Indian journal of veterinary science and animal husbandry - Volumes 15-17, 1948-1951
Year: 1948
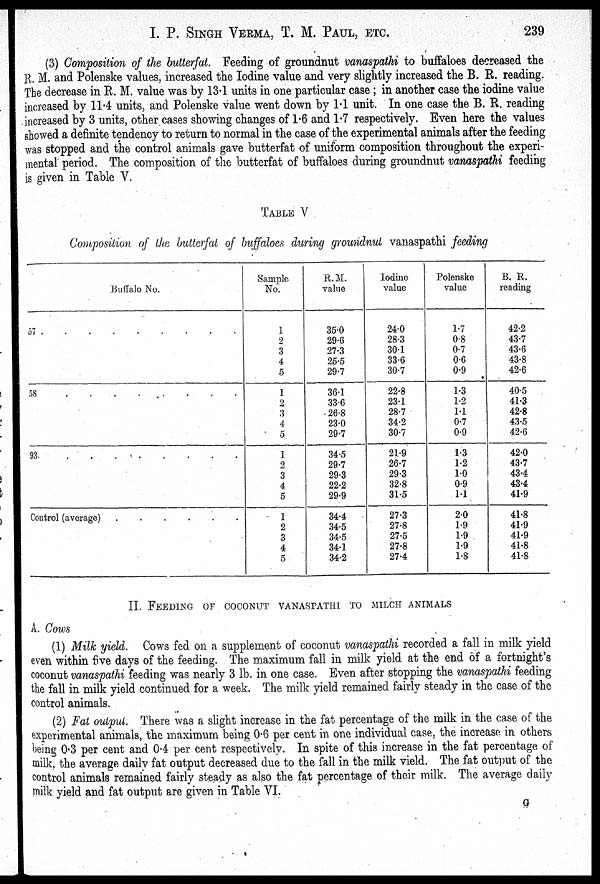
I. P. SINGH VERMA, T. M. PAUL, ETC. 239
(3) Composition of the butterfat. Feeding of groundnut vanaspathi to buffaloes decreased the
R. M. and Polenske values, increased the Iodine value and very slightly increased the B. R. reading.
The decrease in R. M. value was by 13.1 units in one particular case ; in another case the iodine value
increased by 11.4 units, and Polenske value went down by 1.1 unit. In one case the B. R. reading
increased by 3 units, other cases showing changes of 1.6 and 1.7 respectively. Even here the values
showed a definite tendency to return to normal in the case of the experimental animals after the feeding
was stopped and the control animals gave butterfat of uniform composition throughout the experi-
mental period. The composition of the butterfat of buffaloes during groundnut vanaspathi feeding
is given in Table V.
TABLE V
Composition of the butterfat of buffaloes during groundnut vanaspathi feeding
Buffalo No.
57 . . . . . . . . .
58 . . . . . . . . .
93 . . . . . . . . .
Control (average) . . . . . . . . .
Sample
No.
1
2
3
4
5
1
2
3
4
5
1
2
3
4
5
1
2
3
4
5
R. M.
value
35.0
29.6
27.3
25.5
29.7
36.1
33.6
26.8
23.0
29.7
34.5
29.7
29.3
22.2
29.9
34.4
34.5
34.5
34.1
34.2
lodine
value
24.0
28.3
30.1
33.6
30.7
22.8
23.1
28.7
34.2
30.7
21.9
26.7
29.3
32.8
31.5
27.3
27.8
27.5
27.8
27.4
Polenske
value
1.7
0.8
0.7
0.6
0.9
1.3
1.2
1.1
0.7
0.9
1.3
1.2
1.0
0.9
1.1
2.0
1.9
1.9
1.9
1.8
B. R.
reading
42.2
43.7
43.6
43.8
42.6
40.5
41.3
42.8
43.5
42.6
42.0
43.7
43.4
43.4
41.9
41.8
41.9
41.9
41.8
41.8
II. FEEDING OF COCONUT VANASPATHI TO MILCH ANIMALS
A. Cows
(1) Milk yield. Cows fed on a supplement of coconut vanaspathi recorded a fall in milk yield
even within five days of the feeding. The maximum fall in milk yield at the end of a fortnight's
coconut vanaspathi feeding was nearly 3 lb. in one case. Even after stopping the vanaspathi feeding
the fall in milk yield continued for a week. The milk yield remained fairly steady in the case of the
control animals.
(2) Fat output. There was a slight increase in the fat percentage of the milk in the case of the
experimental animals, the maximum being 0.6 per cent in one individual case, the increase in others
being 0.3 per cent and 0.4 per cent respectively. In spite of this increase in the fat percentage of
milk, the average daily fat output decreased due to the fall in the milk vield. The fat output of the
control animals remained fairly steady as also the fat percentage of their milk. The average daily
milk yield and fat output are given in Table VI.
G